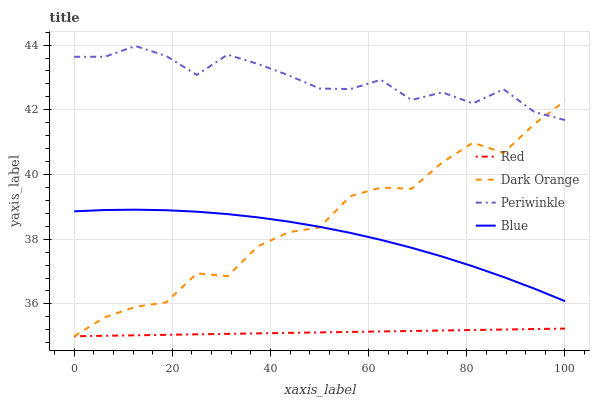
| xaxis_label | Red | Dark Orange | Periwinkle | Blue |
 | --- | --- | --- | --- | --- |
 | 0 | 35 | 35 | 43.6 | 38.9 |
 | 6.25 | 35 | 35.6 | 43.6 | 38.9 |
 | 12.5 | 35 | 35.9 | 44 | 38.9 |
 | 18.8 | 35 | 36 | 43.7 | 38.9 |
 | 25 | 35.1 | 36.9 | 43.1 | 38.9 |
 | 31.2 | 35.1 | 36.9 | 43.7 | 38.8 |
 | 37.5 | 35.1 | 37.8 | 43.4 | 38.7 |
 | 43.8 | 35.1 | 38.2 | 43.1 | 38.5 |
 | 50 | 35.1 | 38.4 | 42.7 | 38.4 |
 | 56.2 | 35.1 | 39.3 | 42.6 | 38.2 |
 | 62.5 | 35.1 | 39.6 | 42.9 | 38 |
 | 68.8 | 35.2 | 39.6 | 42.3 | 37.7 |
 | 75 | 35.2 | 40.4 | 42.5 | 37.5 |
 | 81.2 | 35.2 | 41 | 42.2 | 37.2 |
 | 87.5 | 35.2 | 40.7 | 42.6 | 36.8 |
 | 93.8 | 35.2 | 41.6 | 41.9 | 36.5 |
 | 100 | 35.2 | 42.3 | 41.7 | 36.1 |